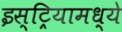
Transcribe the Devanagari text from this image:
इस्ट्रियामध्ये